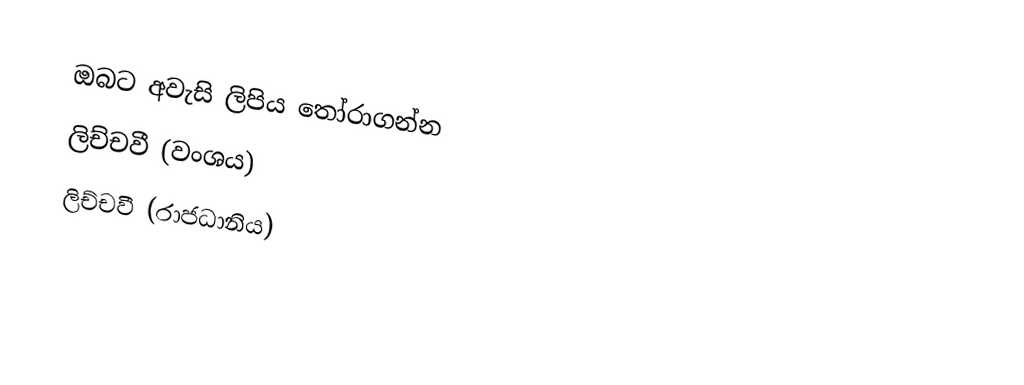
ඔබට අවැසි ලිපිය තෝරාගන්න
 ලිච්චවී (වංශය)
 ලිච්චවී (රාජධානිය)